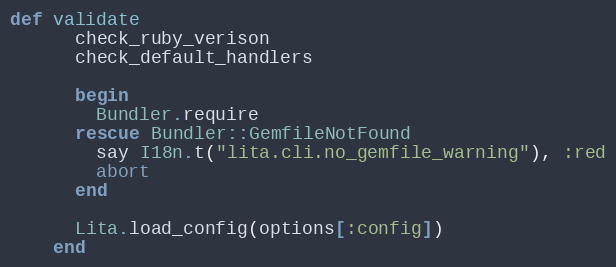
Language: Ruby
def validate
      check_ruby_verison
      check_default_handlers

      begin
        Bundler.require
      rescue Bundler::GemfileNotFound
        say I18n.t("lita.cli.no_gemfile_warning"), :red
        abort
      end

      Lita.load_config(options[:config])
    end